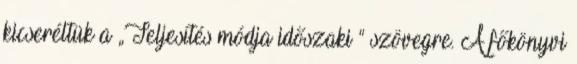
kicseréltük a „Teljesítés módja időszaki ” szövegre. A főkönyvi